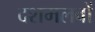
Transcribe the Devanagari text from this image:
दशमलवों